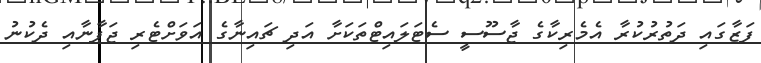
ފަޒާގައި ދަތުރުކުރާ އެމެރިކާގެ ޖާސޫސީ ސެޓަލައިޓްތަކަށާ އަދި ޗައިނާގެ އަވަށްޓެރި ޖަޕާނާއި ދެކުނު